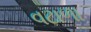
વટાળા